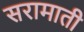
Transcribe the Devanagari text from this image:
सरामाती